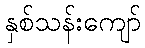
နှစ်သန်းကျော်